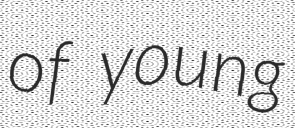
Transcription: of young